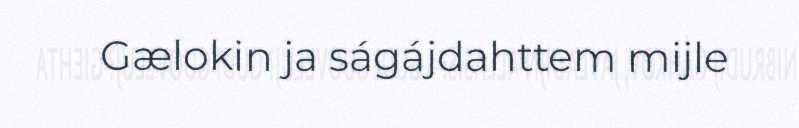
Gælokin ja ságájdahttem mijle